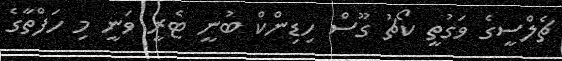
ޗެލްސީގެ ވަގުތީ ކޯޗު ގޫސް ހިޑިންކް ބުނީ ޓެރީ ވަނީ މި ހަފްތާގެ